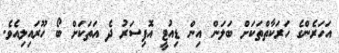
އަހަރެންގެ ހަރަކާތްތަކަށް ބަލަން އިން ޑިއުޓީ އޮފިސަރު ދެ އަތަކަށް ބޯ ހޫރައިލިއެވެ.